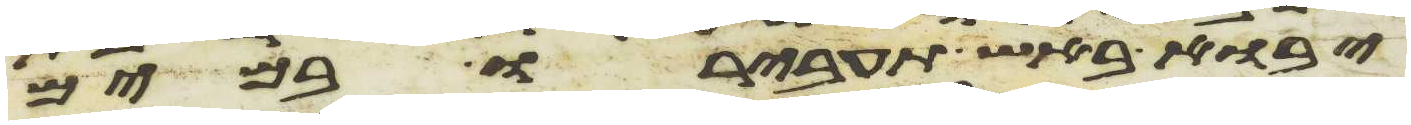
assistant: יבוא באש תעבירו במים